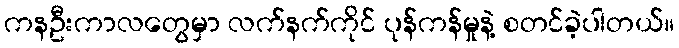
ကနဦးကာလတွေမှာ လက်နက်ကိုင် ပုန်ကန်မှုနဲ့ စတင်ခဲ့ပါတယ်။